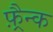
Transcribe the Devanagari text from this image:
फ़्रैन्क